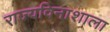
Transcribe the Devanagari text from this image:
राज्यविनाशाला